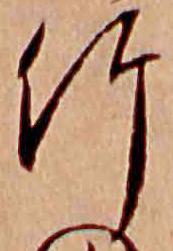
竹